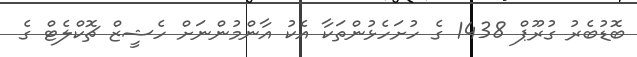
ބޮޑުބެރު ގުރޫޕް 1438 ގެ ހުށަހެޅުންތަކާ އެކު އާންމުންނަށް ހެޝީޒް ޗޮކްލެޓް ގެ